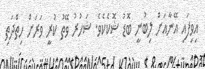
އިވިފައި އޭނާއަށް ލިބުނީ ބޮޑު ޝޮކެކެވެ. ޝަހުރު ވޭތު ކުރީ ވަރަށް ހިތްދަތި